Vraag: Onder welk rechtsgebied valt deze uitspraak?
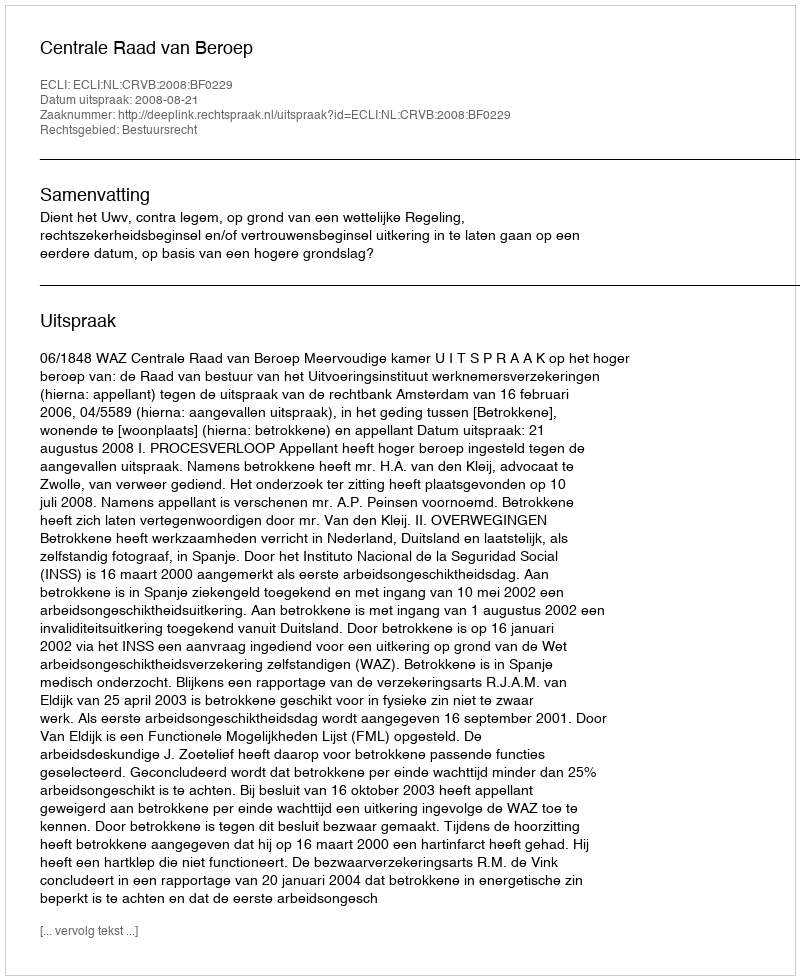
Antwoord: Bestuursrecht